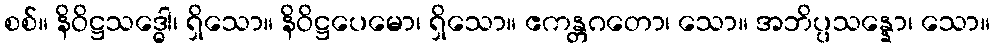
စစ်။ နိဝိဋ္ဌသဒ္ဓေါ၊ ရှိသော။ နိဝိဋ္ဌပေမော၊ ရှိသော။ ဧကန္တဂတော၊ သော။ အဘိပ္ပသန္နော၊ သော။